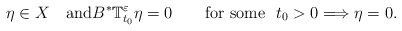
\begin{align*}\eta\in X \quad{\rm and}B^*\mathbb{T}_{t_0}^\varepsilon \eta =0 \qquad\hbox{\rm for some }\ t_0>0 \Longrightarrow \eta =0.\end{align*}